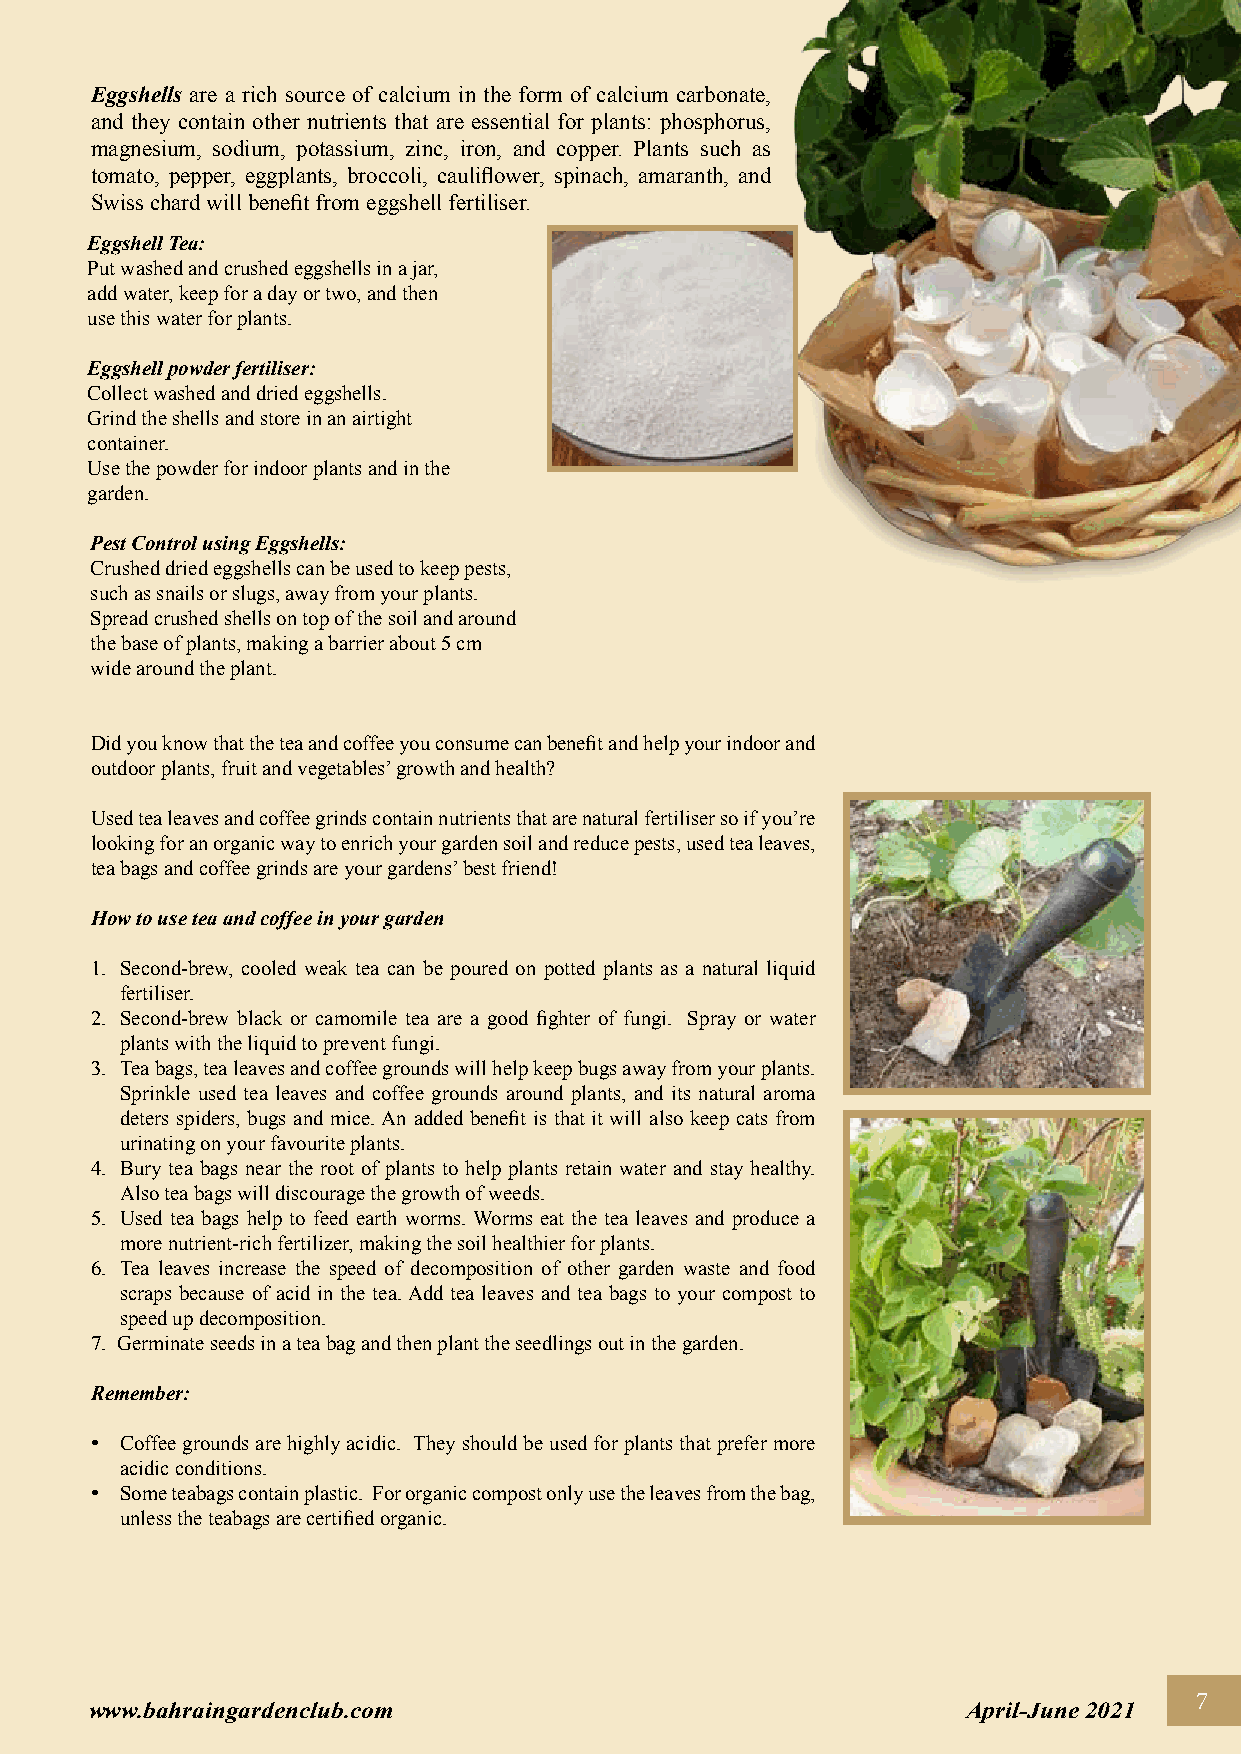
Eggshells are a rich source of calcium in the form of calcium carbonate,
 and they contain other nutrients that are essential for plants: phosphorus,
 magnesium, sodium, potassium, zinc, iron, and copper. Plants such as
 tomato, pepper, eggplants, broccoli, cauliflower, spinach, amaranth, and
 Swiss chard will benefit from eggshell fertiliser.
 Eggshell Tea:
 Put washed and crushed eggshells in a jar,
 add water, keep for a day or two, and then
 use this water for plants.
 Eggshell powder fertiliser:
 Collect washed and dried eggshells.
 Grind the shells and store in an airtight
 container.
 Use the powder for indoor plants and in the
 garden.
 Pest Control using Eggshells:
 Crushed dried eggshells can be used to keep pests,
 such as snails or slugs, away from your plants.
 Spread crushed shells on top of the soil and around
 the base of plants, making a barrier about 5 cm
 wide around the plant.
 Did you know that the tea and coffee you consume can benefit and help your indoor and
 outdoor plants, fruit and vegetables’ growth and health?
 Used tea leaves and coffee grinds contain nutrients that are natural fertiliser so if you’re
 looking for an organic way to enrich your garden soil and reduce pests, used tea leaves,
 tea bags and coffee grinds are your gardens’ best friend!
 How to use tea and coffee in your garden
 1. Second-brew, cooled weak tea can be poured on potted plants as a natural liquid
 fertiliser.
 2. Second-brew black or camomile tea are a good fighter of fungi. Spray or water
 plants with the liquid to prevent fungi.
 3. Tea bags, tea leaves and coffee grounds will help keep bugs away from your plants.
 Sprinkle used tea leaves and coffee grounds around plants, and its natural aroma
 deters spiders, bugs and mice. An added benefit is that it will also keep cats from
 urinating on your favourite plants.
 4. Bury tea bags near the root of plants to help plants retain water and stay healthy.
 Also tea bags will discourage the growth of weeds.
 5. Used tea bags help to feed earth worms. Worms eat the tea leaves and produce a
 more nutrient-rich fertilizer, making the soil healthier for plants.
 6. Tea leaves increase the speed of decomposition of other garden waste and food
 scraps because of acid in the tea. Add tea leaves and tea bags to your compost to
 speed up decomposition.
 7. Germinate seeds in a tea bag and then plant the seedlings out in the garden.
 Remember:
 • Coffee grounds are highly acidic. They should be used for plants that prefer more
 acidic conditions.
 • S ome teabags contain plastic. For organic compost only use the leaves from the bag,
 unless the teabags are certified organic.
 7
 www.bahraingardenclub.com                                 April-June 2021